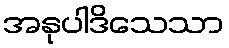
အနုပါဒိသေသာ